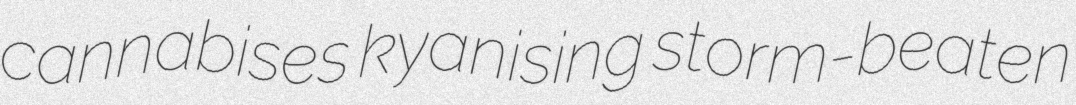
cannabises kyanising storm-beaten